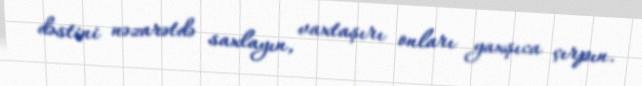
dəstini nəzarətdə saxlayın, vaxtaşırı onları yaxşıca çırpın.